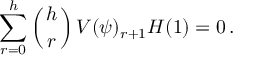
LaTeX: \sum _ { r = 0 } ^ { h } \left( { h \atop r } \right) V ( \psi ) _ { r + 1 } H ( 1 ) = 0 \, .